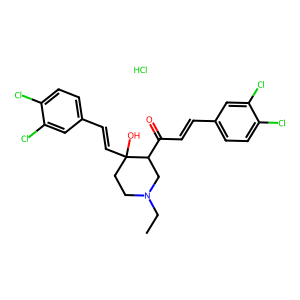
SMILES: CCN1CCC(O)(C=Cc2ccc(Cl)c(Cl)c2)C(C(=O)C=Cc2ccc(Cl)c(Cl)c2)C1.Cl
Inhibits HIV replication: No